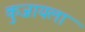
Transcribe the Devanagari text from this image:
कुजायला